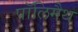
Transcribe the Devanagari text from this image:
पॉलिमैथ